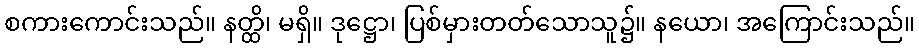
စကားကောင်းသည်။ နတ္ထိ၊ မရှိ။ ဒုဋ္ဌော၊ ပြစ်မှားတတ်သောသူ၌။ နယော၊ အကြောင်းသည်။